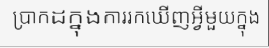
ប្រាកដក្នុងការរកឃើញអ្វីមួយក្នុង